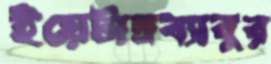
ইয়েটাদ্রব্যাবুর